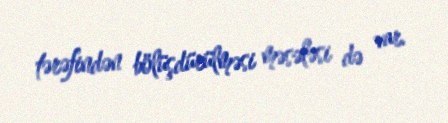
tərəfindən bölüşdürülməsi məsələsi də var.